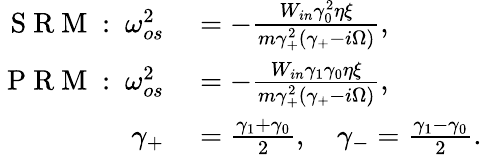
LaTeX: \begin{array}{rl}{\mathrm{~S~R~M~:~}\omega_{os}^{2}}&{{}=-\frac{W_{in}\gamma_{0}^{2}\eta\xi}{m\gamma_{+}^{2}(\gamma_{+}-i\Omega)},}\\ {\mathrm{~P~R~M~:~}\omega_{os}^{2}}&{{}=-\frac{W_{in}\gamma_{1}\gamma_{0}\eta\xi}{m\gamma_{+}^{2}(\gamma_{+}-i\Omega)},}\\ {\gamma_{+}}&{{}=\frac{\gamma_{1}+\gamma_{0}}{2},\quad\gamma_{-}=\frac{\gamma_{1}-\gamma_{0}}{2}.}\end{array}